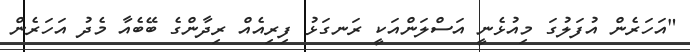
"އަހަރެން އުފަލުގަ މިއުޅެނީ އަސްލަންއަކީ ރަނގަޅު ފިރިއެއް ރިދާންގެ ބޭބެއާ މެދު އަހަރެން